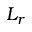
L _ { r }